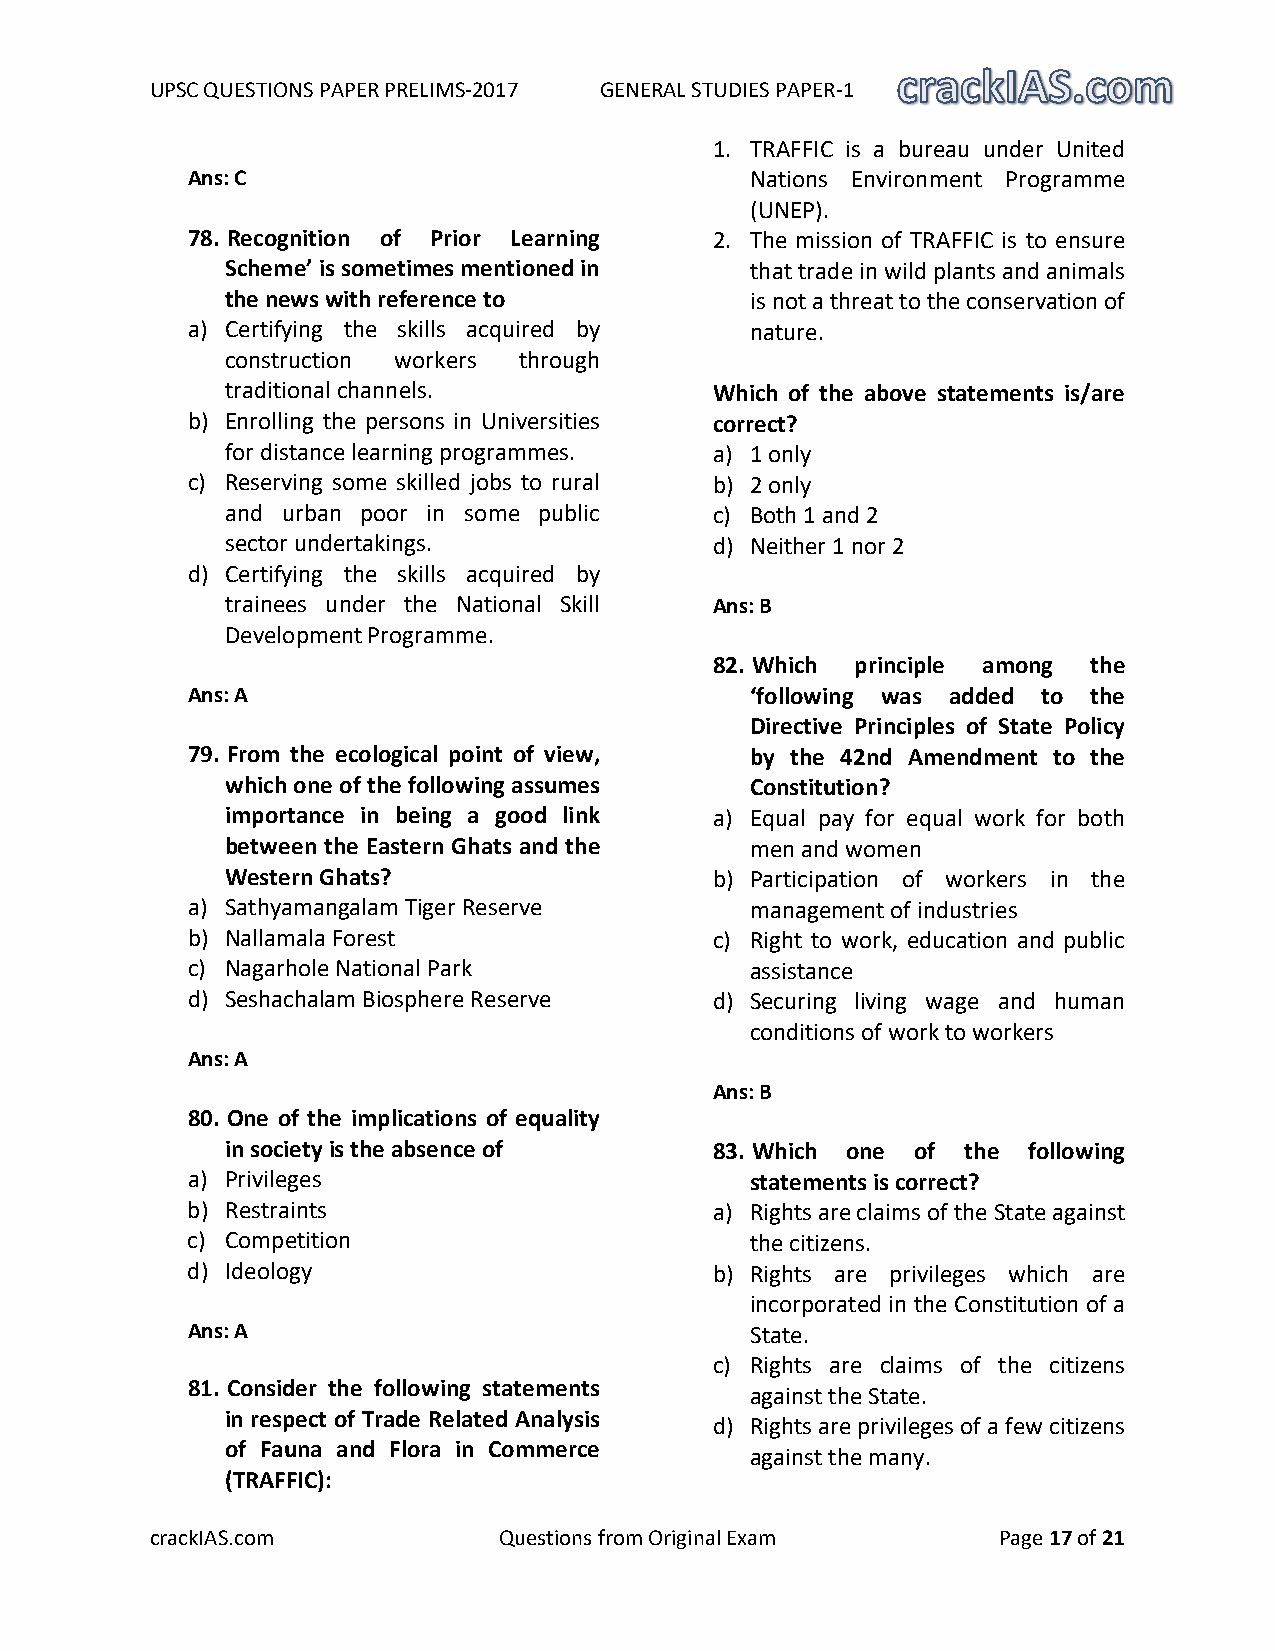
UPSC QUESTIONS PAPER PRELIMS-2017 GENERAL STUDIES PAPER-1
 1. TRAFFIC is a bureau under United
 Ans: C                                Nations Environment Programme
 (UNEP).
 78. Recognition of Prior Learning  2. The mission of TRAFFIC is to ensure
 Scheme’ is sometimes mentioned in  that trade in wild plants and animals
 the news with reference to         is not a threat to the conservation of
 a) Certifying the skills acquired by  nature.
 construction workers through
 traditional channels.           Which of the above statements is/are
 b) Enrolling the persons in Universities correct?
 for distance learning programmes. a) 1 only
 c) Reserving some skilled jobs to rural b) 2 only
 and urban poor in some public   c) Both 1 and 2
 sector undertakings.            d) Neither 1 nor 2
 d) Certifying the skills acquired by
 trainees under the National Skill Ans: B
 Development Programme.
 82. Which principle among the
 Ans: A                                ‘following was added to the
 Directive Principles of State Policy
 79. From the ecological point of view, by the 42nd Amendment to the
 which one of the following assumes Constitution?
 importance in being a good link a) Equal pay for equal work for both
 between the Eastern Ghats and the  men and women
 Western Ghats?                  b) Participation of workers in the
 a) Sathyamangalam Tiger Reserve       management of industries
 b) Nallamala Forest                c) Right to work, education and public
 c) Nagarhole National Park            assistance
 d) Seshachalam Biosphere Reserve   d) Securing living wage and human
 conditions of work to workers
 Ans: A
 Ans: B
 80. One of the implications of equality
 in society is the absence of    83. Which one of the following
 a) Privileges                         statements is correct?
 b) Restraints                      a) Rights are claims of the State against
 c) Competition                        the citizens.
 d) Ideology                        b) Rights are privileges which are
 incorporated in the Constitution of a
 Ans: A                                State.
 c) Rights are claims of the citizens
 81. Consider the following statements
 against the State.
 in respect of Trade Related Analysis
 d) Rights are privileges of a few citizens
 of Fauna and Flora in Commerce
 against the many.
 (TRAFFIC):
 crackIAS.com           Questions from Original Exam     Page 17 of 21